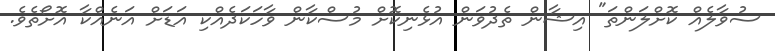
ސުވާލެއް ކޮށްލަންތަ" އިޝާން ތެދުވަން އުޅެނިކޮށް މުސްކާން ވާހަކަދެއްކި އަޑަށް އަނެއްކާ އޮށޯތެވެ.